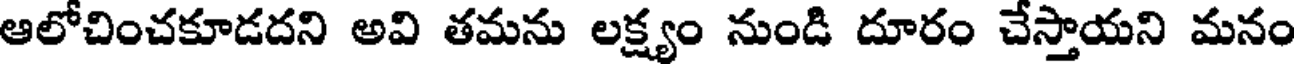
ఆలోచించకూడదని అవి తమను లక్ష్యం నుండి దూరం చేస్తాయని మనం